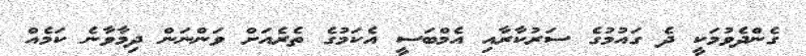
ގެންދެވުމަކީ ދެ ގައުމުގެ ސަރުކާރާއި އެމްބަސީ އެކަމުގެ ތެރެއަށް ވަންނަން ދިމާވާނެ ކަމެއް